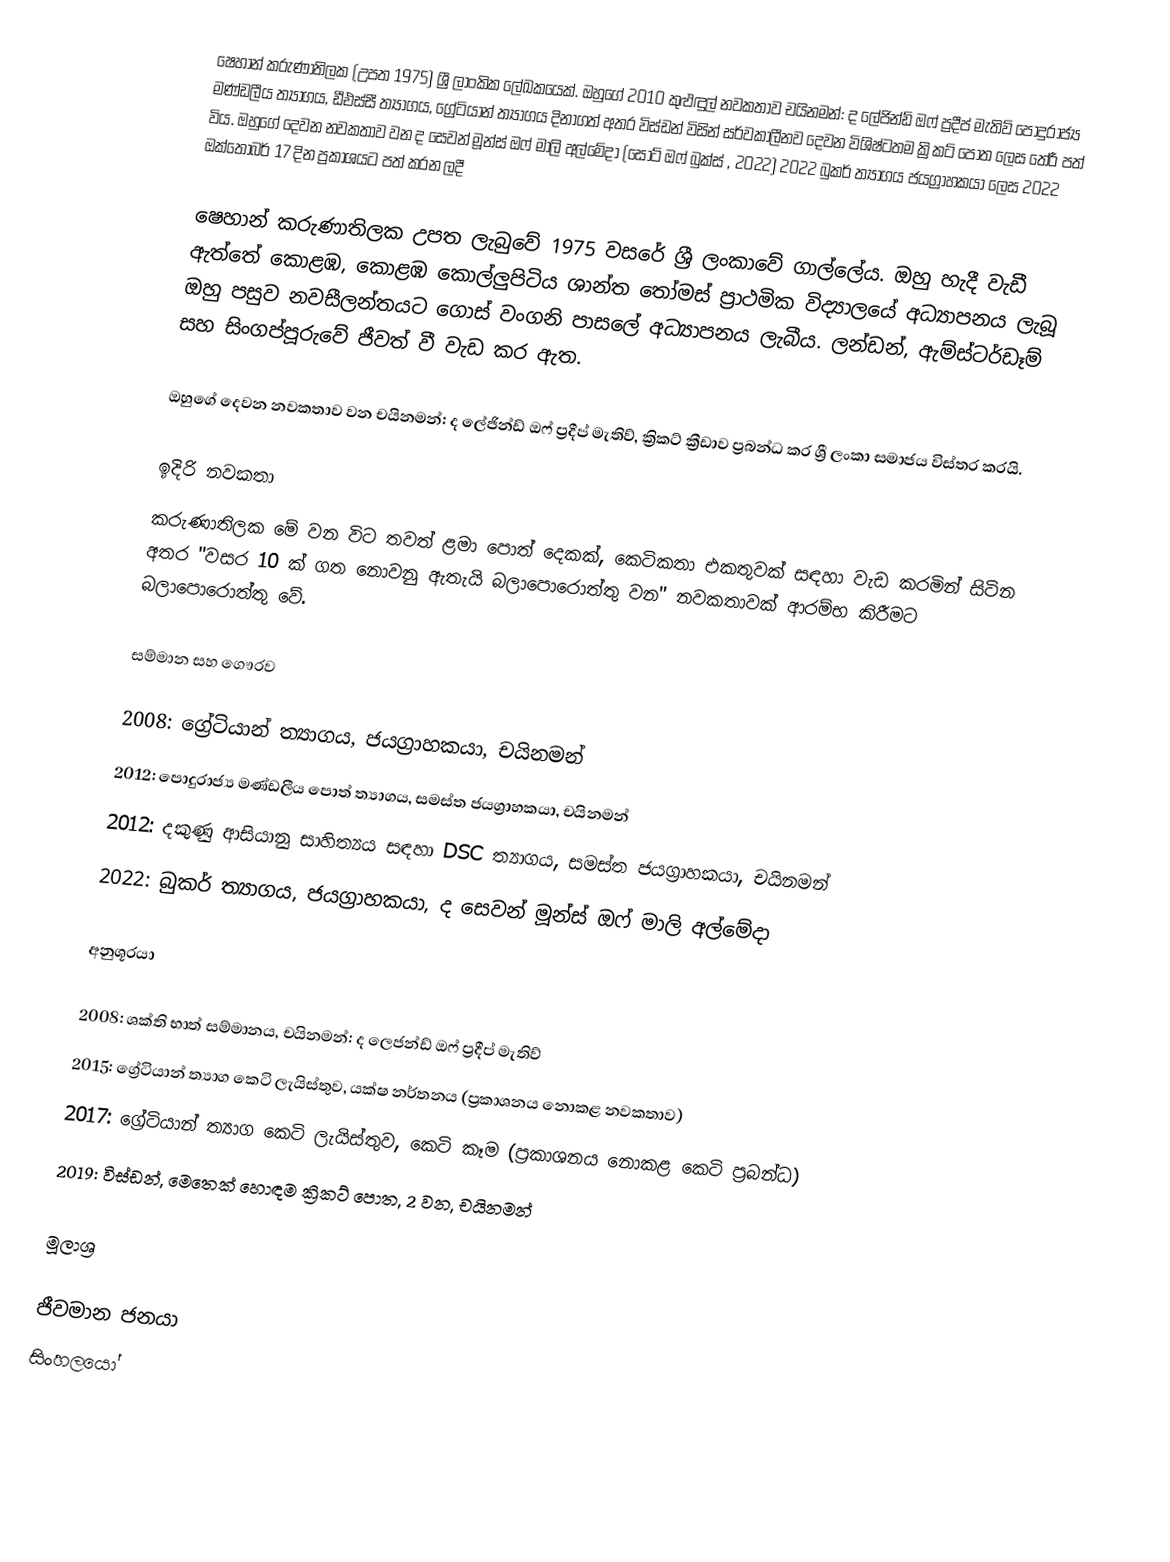
ෂෙහාන් කරුණාතිලක (උපත 1975) ශ්‍රී ලාංකික ලේඛකයෙක්. ඔහුගේ 2010 කුළුඳුල් නවකතාව චයිනමන්: ද ලේජින්ඩ් ඔෆ් ප්‍රදීප් මැතිව් පොදුරාජ්‍ය මණ්ඩලීය ත්‍යාගය, ඩීඑස්සී ත්‍යාගය, ග්‍රේටියාන් ත්‍යාගය දිනාගත් අතර විස්ඩන් විසින් සර්වකාලීනව දෙවන විශිෂ්ටතම ක්‍රිකට් පොත ලෙස තේරී පත් විය. ඔහුගේ දෙවන නවකතාව වන ද සෙවන් මූන්ස් ඔෆ් මාලි අල්මේදා (සෝට් ඔෆ් බුක්ස් , 2022) 2022 බුකර් ත්‍යාගය ජයග්‍රාහකයා ලෙස 2022 ඔක්තෝබර් 17 දින ප්‍රකාශයට පත් කරන ලදී

ෂෙහාන් කරුණාතිලක උපත ලැබුවේ 1975 වසරේ ශ්‍රී ලංකාවේ ගාල්ලේය.  ඔහු හැදී වැඩී ඇත්තේ කොළඹ, කොළඹ කොල්ලුපිටිය ශාන්ත තෝමස්  ප්‍රාථමික විද්‍යාලයේ අධ්‍යාපනය ලැබූ ඔහු පසුව නවසීලන්තයට ගොස් වංගනි පාසලේ අධ්‍යාපනය ලැබීය. ලන්ඩන්, ඇම්ස්ටර්ඩෑම් සහ සිංගප්පූරුවේ ජීවත් වී වැඩ කර ඇත.

ඔහුගේ දෙවන නවකතාව වන චයිනමන්: ද ලේජින්ඩ් ඔෆ් ප්‍රදීප් මැතිව්, ක්‍රිකට් ක්‍රීඩාව ප්‍රබන්ධ කර ශ්‍රී ලංකා සමාජය විස්තර කරයි.

ඉදිරි නවකතා
කරුණාතිලක මේ වන විට තවත් ළමා පොත් දෙකක්, කෙටිකතා එකතුවක් සඳහා වැඩ කරමින් සිටින අතර "වසර 10 ක් ගත නොවනු ඇතැයි බලාපොරොත්තු වන" නවකතාවක් ආරම්භ කිරීමට බලාපොරොත්තු වේ.

සම්මාන සහ ගෞරව

 2008: ග්‍රේටියාන් ත්‍යාගය, ජයග්‍රාහකයා, චයිනමන්
 2012: පොදුරාජ්‍ය මණ්ඩලීය පොත් ත්‍යාගය, සමස්ත ජයග්‍රාහකයා, චයිනමන්
 2012: දකුණු ආසියානු සාහිත්‍යය සඳහා DSC ත්‍යාගය, සමස්ත ජයග්‍රාහකයා, චයිනමන්
 2022: බුකර් ත්‍යාගය, ජයග්‍රාහකයා, ද සෙවන් මූන්ස් ඔෆ් මාලි අල්මේදා

අනුශූරයා

 2008: ශක්ති භාත් සම්මානය, චයිනමන්: ද ලෙජන්ඩ් ඔෆ් ප්‍රදීප් මැතිව්
 2015: ග්‍රේටියාන් ත්‍යාග කෙටි ලැයිස්තුව, යක්ෂ නර්තනය (ප්‍රකාශනය නොකළ නවකතාව)
 2017: ග්‍රේටියාන් ත්‍යාග කෙටි ලැයිස්තුව, කෙටි කෑම (ප්‍රකාශනය නොකළ කෙටි ප්‍රබන්ධ)
 2019: විස්ඩන්, මෙතෙක් හොඳම ක්‍රිකට් පොත, 2 වන, චයිනමන්

මූලාශ්‍ර

ජීවමාන ජනයා
සිංහලයෝ